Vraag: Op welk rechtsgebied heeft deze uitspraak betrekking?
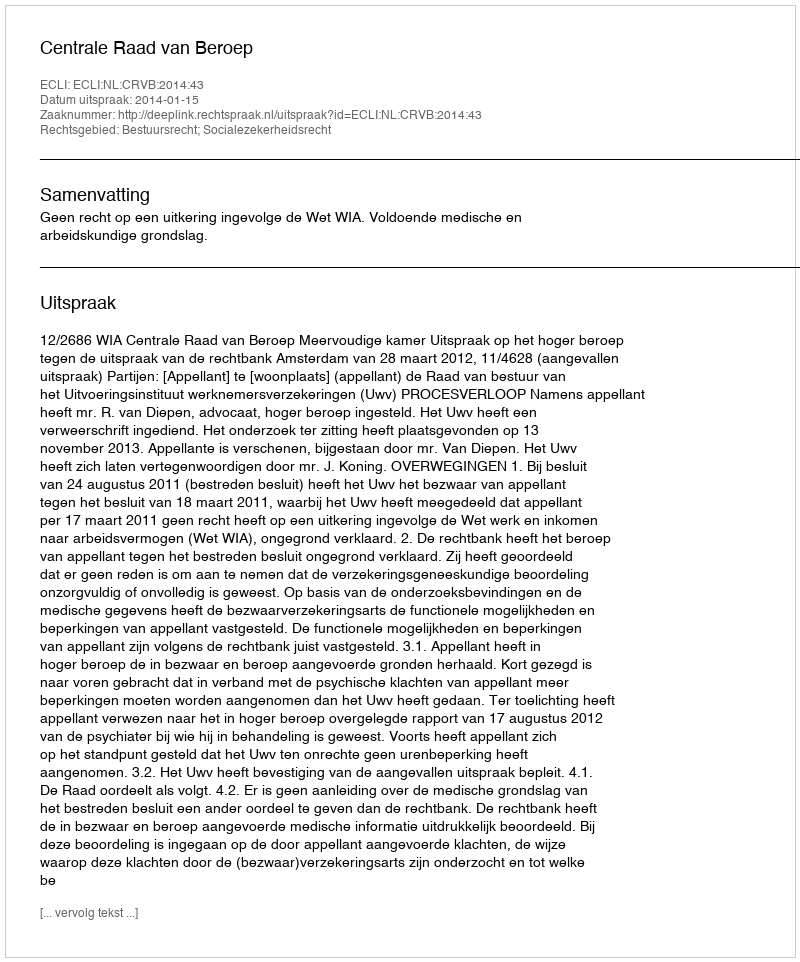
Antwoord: Bestuursrecht; Socialezekerheidsrecht